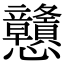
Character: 戇